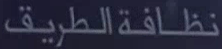
نظافةالطريق